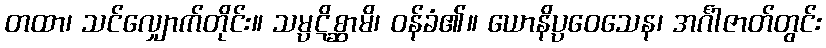
တထာ၊ သင်လျှောက်တိုင်း။ သမ္ပဋိစ္ဆာမိ၊ ဝန်ခံ၏။ ယောနိပ္ပဝေသေန၊ အင်္ဂါဇာတ်တွင်း